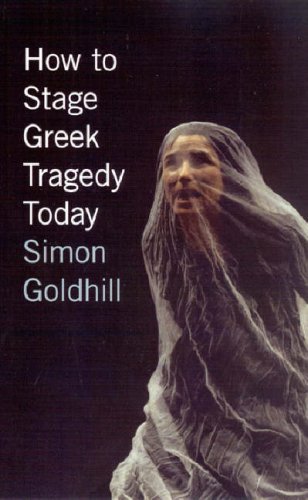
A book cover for How to Stage Greek Tragedy Today; Simon Goldhill; Literature & Fiction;